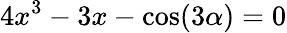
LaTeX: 4x^{3}-3x-\cos(3\alpha)=0